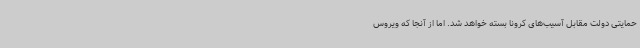
حمایتی دولت مقابل آسیب‌های کرونا بسته خواهد شد. اما از آنجا که ویروس